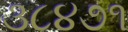
૩૮૪૭૧